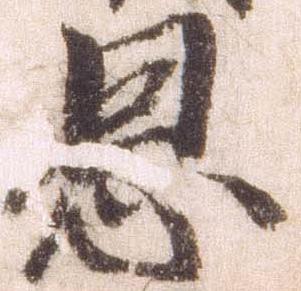
恩